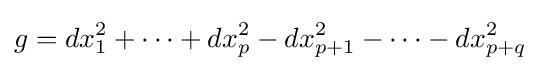
g=dx_{1}^{2}+\cdots +dx_{p}^{2}-dx_{p+1}^{2}-\cdots -dx_{p+q}^{2}